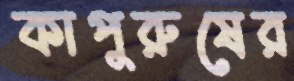
কাপুরুষের